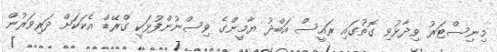
މިނިސްޓަރު ވިދާޅުވި ގޮތުގައި ރައީސް އަބްދު ޔާމީންގެ ވިސްނުންފުޅަކީ ގްރޭޑް އެކަކަށް ދަރިވަރުން